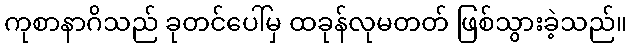
ကုစာနာဂိသည် ခုတင်ပေါ်မှ ထခုန်လုမတတ် ဖြစ်သွားခဲ့သည်။